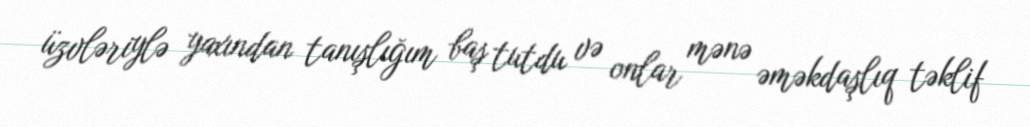
üzvləriylə yaxından tanışlığım baş tutdu və onlar mənə əməkdaşlıq təklif